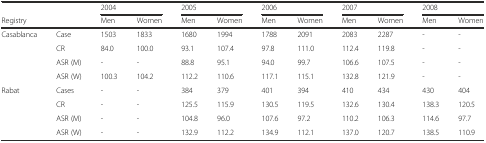
<table><thead><tr><td></td><td></td><td colspan="2"><b>2004</b></td><td colspan="2"><b>2005</b></td><td colspan="2"><b>2006</b></td><td colspan="2"><b>2007</b></td><td colspan="2"><b>2008</b></td></tr><tr><td><b>Registry</b></td><td></td><td><b>Men</b></td><td><b>Women</b></td><td><b>Men</b></td><td><b>Women</b></td><td><b>Men</b></td><td><b>Women</b></td><td><b>Men</b></td><td><b>Women</b></td><td><b>Men</b></td><td><b>Women</b></td></tr></thead><tbody><tr><td rowspan="4">Casablanca</td><td>Case</td><td>1503</td><td>1833</td><td>1680</td><td>1994</td><td>1788</td><td>2091</td><td>2083</td><td>2287</td><td>-</td><td>-</td></tr><tr><td>CR</td><td>84.0</td><td>100.0</td><td>93.1</td><td>107.4</td><td>97.8</td><td>111.0</td><td>112.4</td><td>119.8</td><td>-</td><td>-</td></tr><tr><td>ASR (M)</td><td>-</td><td>-</td><td>88.8</td><td>95.1</td><td>94.0</td><td>99.7</td><td>106.6</td><td>107.5</td><td>-</td><td>-</td></tr><tr><td>ASR (W)</td><td>100.3</td><td>104.2</td><td>112.2</td><td>110.6</td><td>117.1</td><td>115.1</td><td>132.8</td><td>121.9</td><td>-</td><td>-</td></tr><tr><td rowspan="4">Rabat</td><td>Cases</td><td>-</td><td>-</td><td>384</td><td>379</td><td>401</td><td>394</td><td>410</td><td>434</td><td>430</td><td>404</td></tr><tr><td>CR</td><td>-</td><td>-</td><td>125.5</td><td>115.9</td><td>130.5</td><td>119.5</td><td>132.6</td><td>130.4</td><td>138.3</td><td>120.5</td></tr><tr><td>ASR (M)</td><td>-</td><td>-</td><td>104.8</td><td>96.0</td><td>107.6</td><td>97.2</td><td>110.2</td><td>106.3</td><td>114.6</td><td>97.7</td></tr><tr><td>ASR (W)</td><td>-</td><td>-</td><td>132.9</td><td>112.2</td><td>134.9</td><td>112.1</td><td>137.0</td><td>120.7</td><td>138.5</td><td>110.9</td></tr></tbody></table>